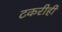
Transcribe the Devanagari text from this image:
टकरीही